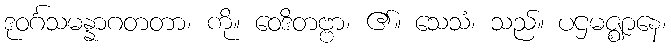
ဒုဝင်္ဂသမန္နာဂတတာ၊ ကို။ ဝေဒိတဗ္ဗာ၊ ၏။ သေသံ၊ သည်။ ပဌမဇ္ဈာနေ၊